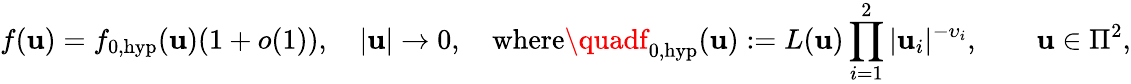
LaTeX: f(\boldsymbol{\mathbf{u}})=f_{0,\mathrm{{hyp}}}(\boldsymbol{\mathbf{u}})(1+o(1)),\quad|\boldsymbol{\mathbf{u}}|\to0,\quad\mathrm{{where}}\quadf_{0,\mathrm{{hyp}}}(\boldsymbol{\mathbf{u}}):=L(\boldsymbol{\mathbf{u}})\prod_{i=1}^{2}|\mathbf{u}_{i}|^{-\upsilon_{i}},\qquad\boldsymbol{\mathbf{u}}\in\Pi^{2},